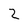
Character: 2